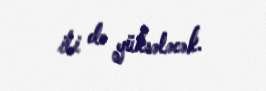
ili də yüksələcək.